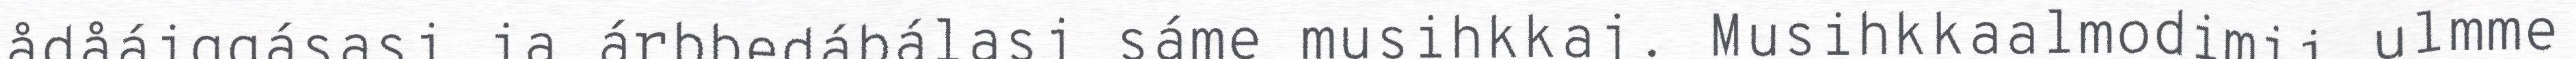
ådåájggásasj ja árbbedábálasj sáme musihkkaj. Musihkkaalmodimij ulmme